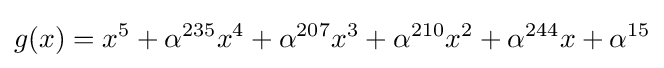
g(x)=x^{5}+\alpha ^{235}x^{4}+\alpha ^{207}x^{3}+\alpha ^{210}x^{2}+\alpha ^{244}x+\alpha ^{15}